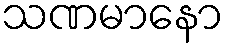
သဏမာနော